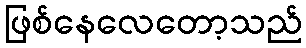
ဖြစ်နေလေတော့သည်